system: You are a helpful assistant.
user:
Analyze the provided spectrum to determine if it is a **"Cataclysmic Variables (CV)"**.

- **Key Indicators for CV (Check for either state):**
    - **State 1: Quiescent / Low-State (Emission-Dominated)**
        - **(Primary):** Strong and *very broad* Hydrogen Balmer emission lines (e.g., $H\alpha$ at 6563 Å, $H\beta$ at 4861 Å). The 'broadness' (high velocity dispersion, often FWHM > 1000 km/s) is the key diagnostic, indicating a high-velocity accretion disk.
        - **(Secondary):** Broad neutral Helium (He I) emission lines (e.g., 5876 Å, 6678 Å).
        - **(Key Confirmation):** Presence of high-excitation *ionized* Helium (He II) emission at 4686 Å. This is a strong indicator of accretion onto a white dwarf.
        - **(Line Profile):** Emission lines may exhibit a 'double-peaked' profile, which is a classic signature of a rotating accretion disk viewed at high inclination.

    - **State 2: Outburst / High-State (Absorption-Dominated)**
        - **(Primary):** Spectrum is dominated by a bright, blue continuum (looks like a hot star).
        - **(Secondary):** The emission lines from State 1 are weak, absent, or 'filled in', and are replaced by broad, shallow *absorption* lines (primarily Balmer and He I).
        - **(Morphology):** The overall spectrum mimics a hot B/A-type star. The crucial difference is that the absorption lines are significantly broader, shallower, and more 'washed-out' (or 'smeared') than the sharp lines of a normal stellar photosphere, due to high rotational speeds and pressure broadening in the disk.

Think first, call **spectral_visualization_tool** if needed to examine features in detail, then provide your final answer. Your response must adhere to the following strict rules:
1.  **Overall Structure:** Your response must follow the format `<think>...</think> <tool_call>...</tool_call> (if a tool is used) <answer>...</answer>`.
2.  **Tool Usage Constraint:** You may only make **one** tool call per turn.
3.  **Final Answer Format:** In the `<answer>` tag, your conclusion must be inside a `\boxed{}` command (e.g., `\boxed{YES}`), followed by your justification.

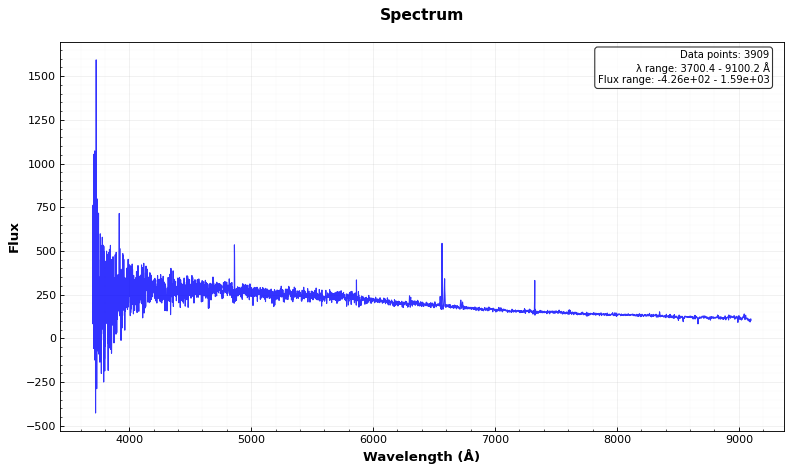
Answer: NO